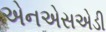
એનએસએડી